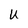
Character: U